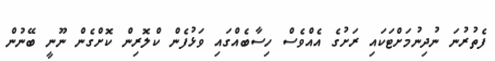
ފެތުރުނަ ނުދިނުމަށްޓަކައި ރަށުގެ އެއްވެސް ހިސާބެއްގައި ވަޅުފެން ކްލޮރިން ކޮށްގެން ނޫނީ ބޭނުން